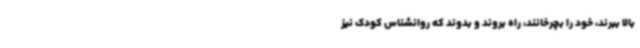
بالا ببرند، خود را بچرخانند، راه بروند و بدوند که روانشناس کودک نیز